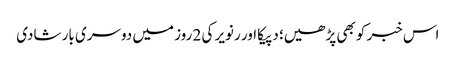
اس خبر کو بھی پڑھیں؛ دپیکا اور رنویر کی 2 روز میں دوسری بار شادی